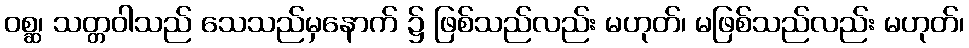
ဝစ္ဆ၊ သတ္တဝါသည် သေသည်မှနောက် ၌ ဖြစ်သည်လည်း မဟုတ်၊ မဖြစ်သည်လည်း မဟုတ်၊